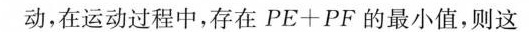
动，在运动过程中，存在$$P E + P F$$的最小值，则这